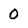
Character: 0